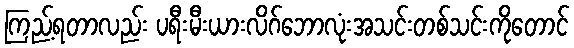
ကြည့်ရတာလည်း ပရီးမီးယားလိဂ်ဘောလုံးအသင်းတစ်သင်းကိုတောင်